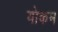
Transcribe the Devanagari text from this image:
योकम